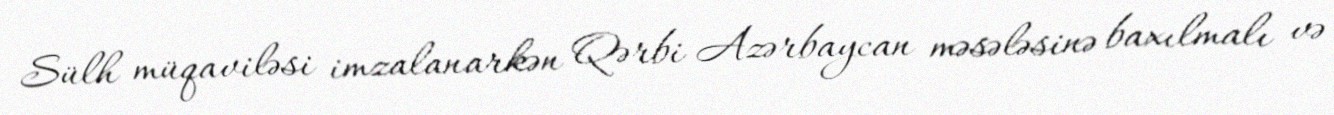
Sülh müqaviləsi imzalanarkən Qərbi Azərbaycan məsələsinə baxılmalı və